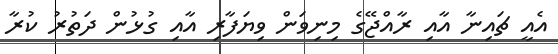
އެއީ ޗައިނާ އާއި ރާއްޖޭގެ މިނިވަން ވިޔަފާރި އާއި ގުޅުން ދަތުރު ކުރާ